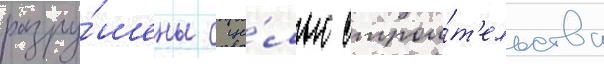
разру́шены с це́лью строи́т'ельства